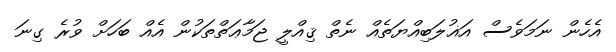
އެހެން ނަމަވެސް އަޣުލަބިއްޔަތެއް ނެތް ޤިއްލީ ޖަމާޢަތްތަކުން އެއް ބަހަށް ވުރެ ގިނަ